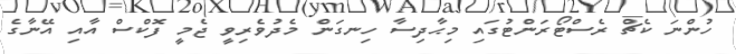
ހުންނަ ކެޗް ރެސްޓޯރަންޓުގައި މިޙާދިސާ ހިނގަން މެދުވެރިވީ ޖެމީ ފޮކްސް އާއި އޭނާގެ